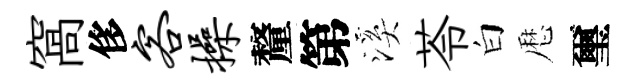
窩侈客操釐第溪苓白厯璽